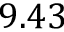
9 . 4 3